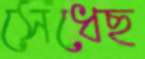
সেধেছ